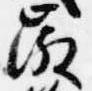
微